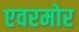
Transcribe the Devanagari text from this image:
एवरमोर